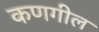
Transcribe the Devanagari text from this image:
कणगील